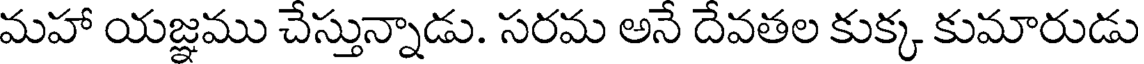
మహా యజ్ఞము చేస్తున్నాడు. సరమ అనే దేవతల కుక్క కుమారుడు